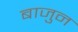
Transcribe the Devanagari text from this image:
बाजुन